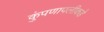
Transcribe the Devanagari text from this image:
कुंपणापलीकडे